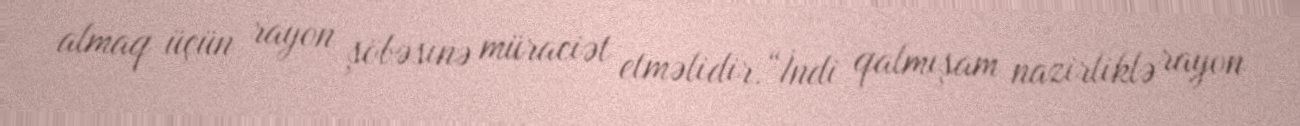
almaq üçün rayon şöbəsinə müraciət etməlidir.“İndi qalmışam nazirliklə rayon